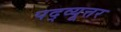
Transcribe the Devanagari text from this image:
पद्व्यूत्तर